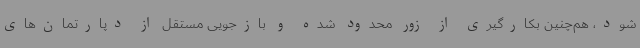
شود، هم‌چنین بکارگیری از زور محدود شده و بازجویی مستقل از دپارتمان‌های